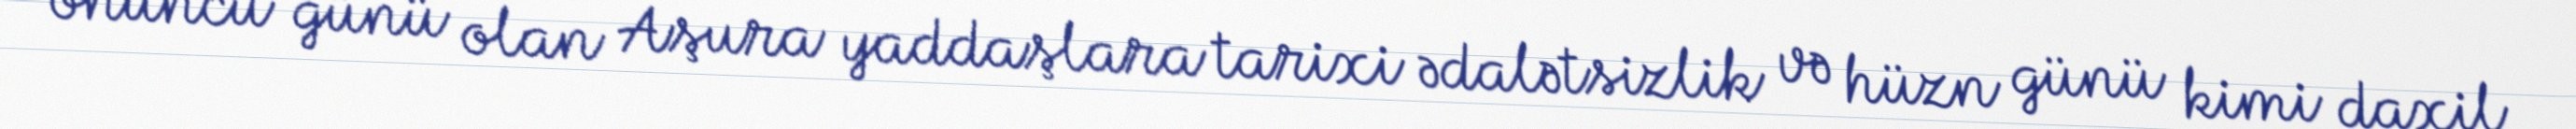
onuncu günü olan Aşura yaddaşlara tarixi ədalətsizlik və hüzn günü kimi daxil